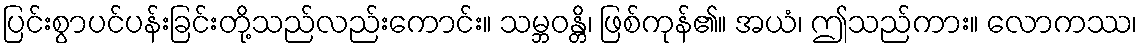
ပြင်းစွာပင်ပန်းခြင်းတို့သည်လည်းကောင်း။ သမ္ဘဝန္တိ၊ ဖြစ်ကုန်၏။ အယံ၊ ဤသည်ကား။ လောကဿ၊